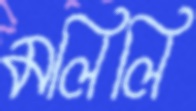
মলিলি